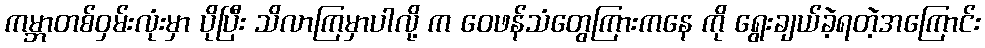
ကမ္ဘာတစ်ဝှမ်းလုံးမှာ ပိုပြီး သိလာကြမှာပါလို့ က ဝေဖန်သံတွေကြားကနေ ကို ရွေးချယ်ခဲ့ရတဲ့အကြောင်း